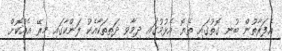
އެފަރާތުން ބުނި ގޮތުގައި ތެޔޮ އެޅުމުގައި ދިމާވި ދަތިތަކާއެކު ލަންކާގައި މިރޭ އެއްކޮށް